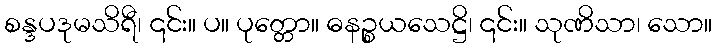
စန္ဒပဒုမသိရီ၊ ၎င်း။ ပ။ ပုတ္တော။ ဓနဉ္စယသေဋ္ဌိ၊ ၎င်း။ သုဏိသာ၊ သော။